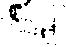
へ